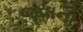
જવાનો